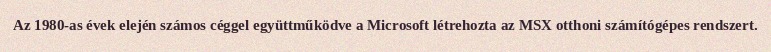
Az 1980-as évek elején számos céggel együttműködve a Microsoft létrehozta az MSX otthoni számítógépes rendszert.